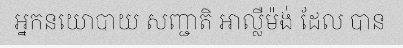
អ្នកនយោបាយ សញ្ជាតិ អាល្លឺម៉ង់ ដែល បាន